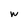
Character: w